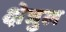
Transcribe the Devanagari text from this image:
क्षेत्रुल